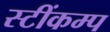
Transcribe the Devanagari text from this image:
स्टींकम्प